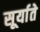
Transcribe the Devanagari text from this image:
सूर्याते